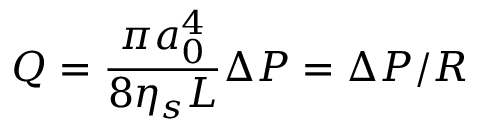
Q = \frac { \pi a _ { 0 } ^ { 4 } } { 8 \eta _ { s } L } \Delta P = \Delta P / R